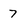
Character: 7